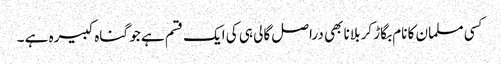
کسی مسلمان کا نام بگاڑ کر بلانا بھی دراصل گالی ہی کی ایک قسم ہے جو گناہ کبیرہ ہے ۔